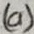
Text: (a)